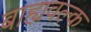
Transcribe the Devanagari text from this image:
बाह्यवल्क